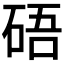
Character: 𥒾